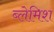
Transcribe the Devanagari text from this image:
ब्लेमिश